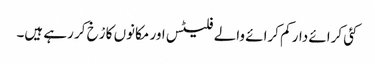
کئی کرائے دار کم کرائے والے فلیٹس اور مکانوں کا رْخ کر رہے ہیں۔